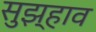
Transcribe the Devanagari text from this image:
सुझ्हाव